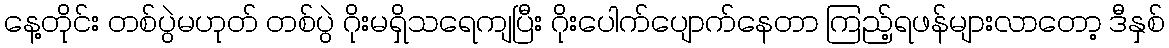
နေ့တိုင်း တစ်ပွဲမဟုတ် တစ်ပွဲ ဂိုးမရှိသရေကျပြီး ဂိုးပေါက်ပျောက်နေတာ ကြည့်ရဖန်များလာတော့ ဒီနှစ်